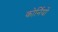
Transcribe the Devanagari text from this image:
कोर्नियों